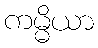
ကမ္မိယာ